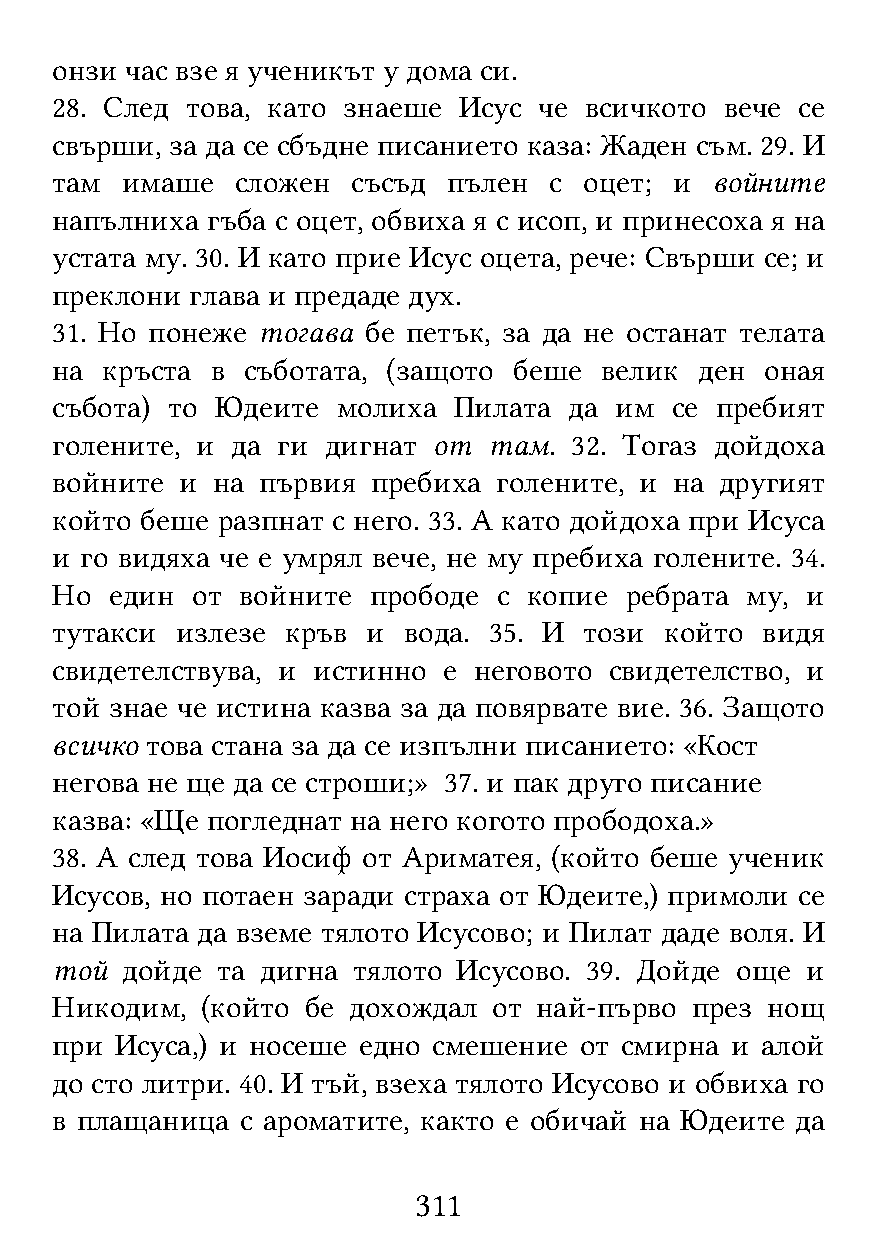
онзи час взе я ученикът у дома си.
 28. След това, като знаеше Исус  че всичкото вече се
 свърши, за да се сбъдне писанието каза: Жаден съм. 29. И
 там  имаше   сложен съсъд  пълен с  оцет; и войните
 напълниха  гъба с оцет, обвиха я с исоп, и принесоха я на
 устата му. 30. И като прие Исус оцета, рече: Свърши се; и
 преклони  глава и предаде дух.
 31. Но понеже тогава бе петък, за да не останат телата
 на  кръста в съботата, (защото беше  велик ден  оная
 събота) то Юдеите  молиха  Пилата  да им се пребият
 голените, и да ги дигнат  от там.  32. Тогаз дойдоха
 войните  и на първия  пребиха голените, и на другият
 който беше разпнат с него. 33. А като дойдоха при Исуса
 и го видяха че е умрял вече, не му пребиха голените. 34.
 Но  един  от войните прободе  с копие ребрата му, и
 тутакси  излезе кръв и  вода. 35. И този който видя
 свидетелствува, и истинно е неговото свидетелство, и
 той знае че истина казва за да повярвате вие. 36. Защото
 всичко това стана за да се изпълни писанието: «Кост
 негова не ще да се строши;» 37. и пак друго писание
 казва: «Ще погледнат на него когото прободоха.»
 38. А след това Иосиф от Ариматея, (който беше ученик
 Исусов, но потаен заради страха от Юдеите,) примоли се
 на Пилата да вземе тялото Исусово; и Пилат даде воля. И
 той  дойде та дигна тялото Исусово. 39. Дойде още и
 Никодим,  (който бе дохождал  от най-първо през нощ
 при  Исуса,) и носеше едно смешение от смирна и алой
 до сто литри. 40. И тъй, взеха тялото Исусово и обвиха го
 в плащаница  с ароматите, както е обичай на Юдеите да
 311